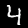
Label: 4